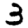
Digit: 3